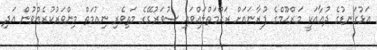
އަޅުގަނޑުގެ ދުޢާއަކީ މަރްޙޫމްގެ ފުރާނައަށް ރަޙްމަތްލައްވައި ސުވަރުގޭގެ މަތިވެރި ނިޢުމަތް މިންވަރުކުރެއްވުން އަދި